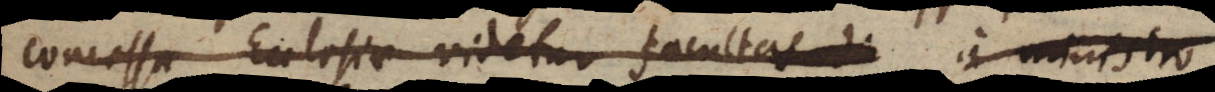
concessa Ecclesiae videtur facultas di a ministro